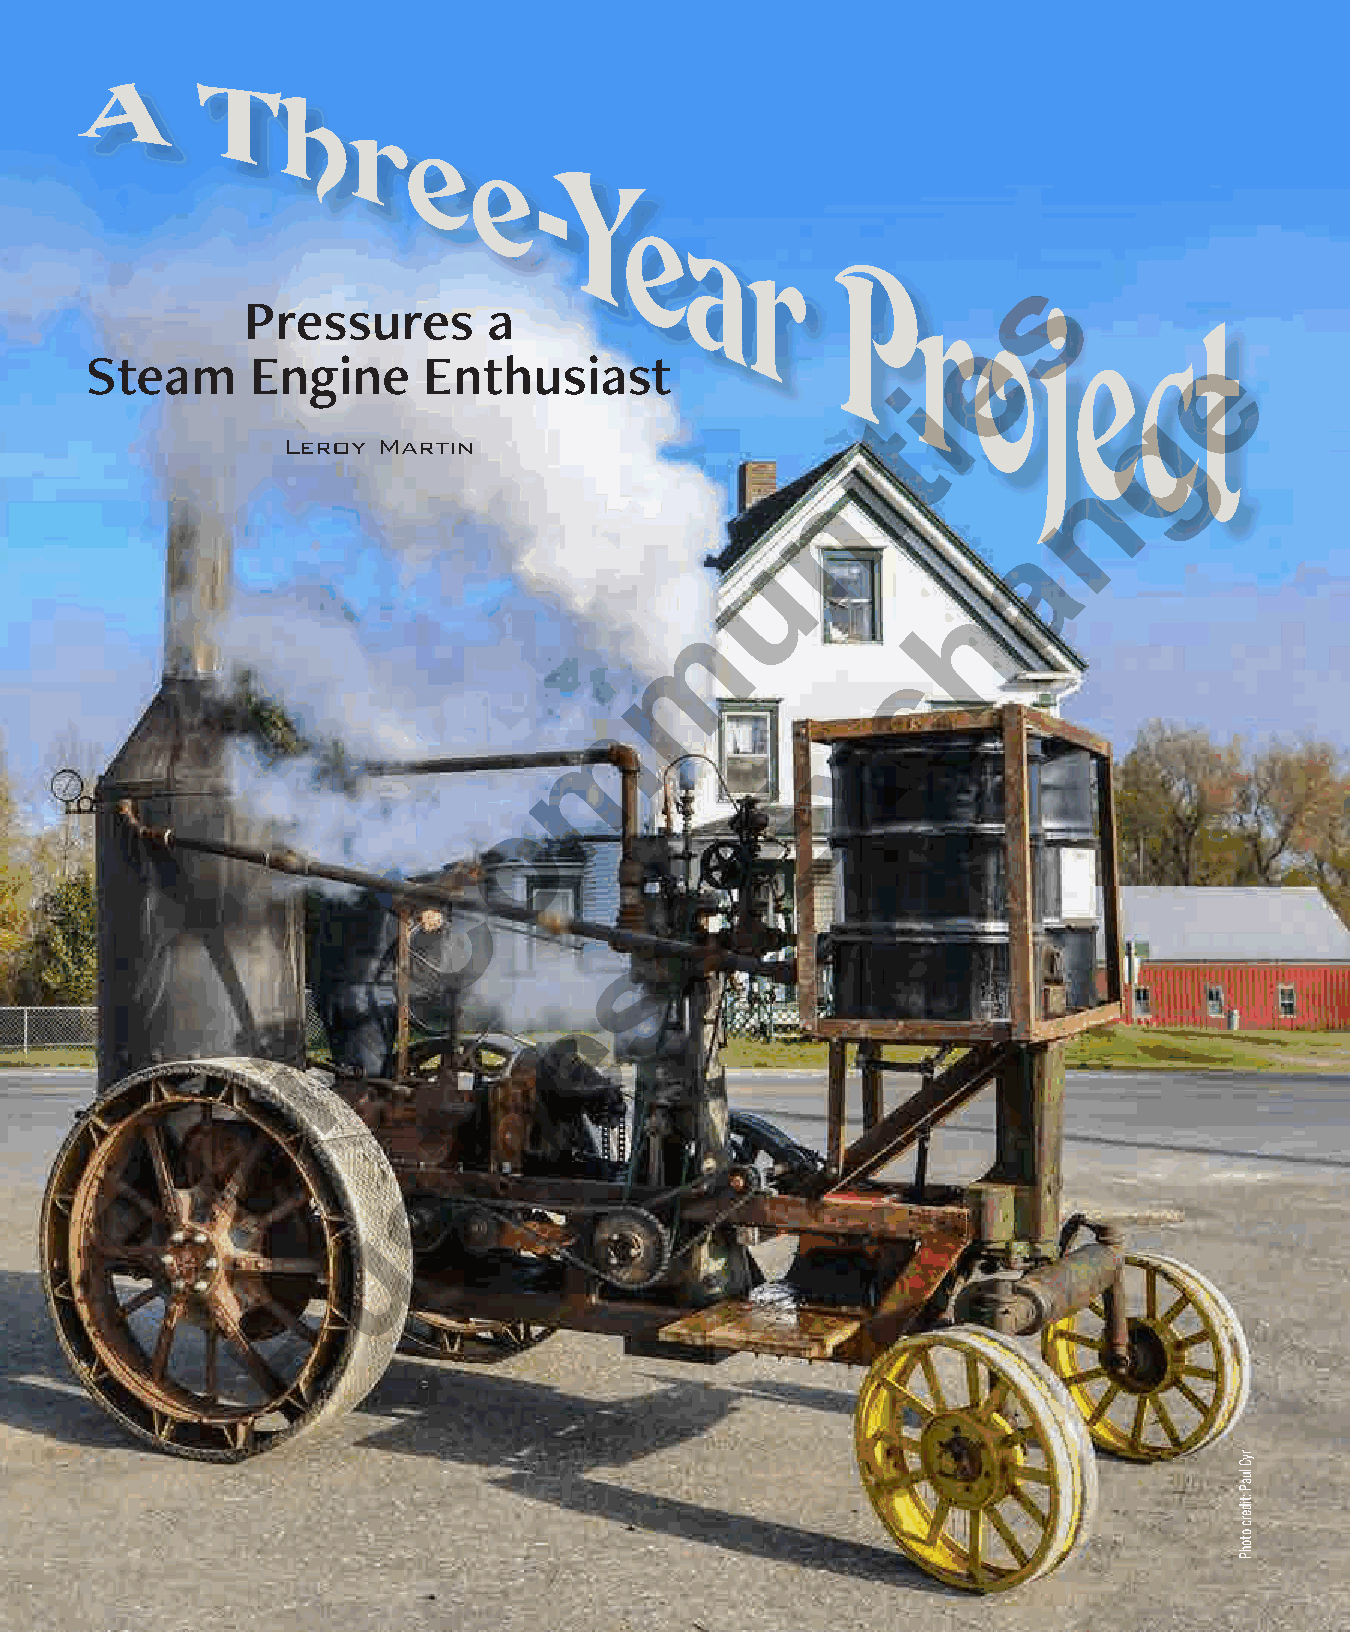
s
 Pressures       a
 e
 e
 Steam      Engine     Enthusiast
 i
 g
 t
 Leroy Martin
 i
 n
 n
 Leroy Martin
 a
 u
 h
 m
 c
 m
 x
 E
 o
 C
 s
 s
 n
 e
 i
 n
 a
 i
 l
 s
 P
 u
 B
 16   December 2021 |
 ryC
 luaP
 :tiderc
 otohP